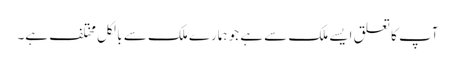
آپ کا تعلق ایسے ملک سے ہے جو ہمارے ملک سے بالکل مختلف ہے۔